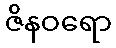
ဇိနဝရော